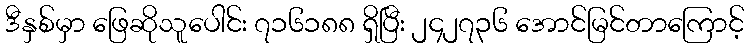
ဒီနှစ်မှာ ဖြေဆိုသူပေါင်း ၇၁၆၁၈၈ ရှိပြီး ၂၄၂၇၃၆ အောင်မြင်တာကြောင့်